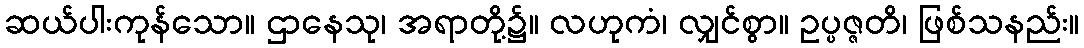
ဆယ်ပါးကုန်သော။ ဌာနေသု၊ အရာတို့၌။ လဟုကံ၊ လျှင်စွာ။ ဥပ္ပဇ္ဇတိ၊ ဖြစ်သနည်း။